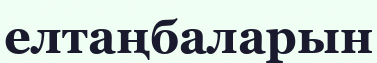
елтаңбаларын